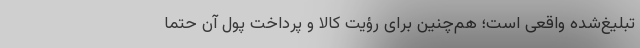
تبلیغ‌شده واقعی است؛ هم‌چنین برای رؤیت کالا و پرداخت پول آن حتماً